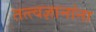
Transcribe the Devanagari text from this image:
तत्त्वज्ञानांना